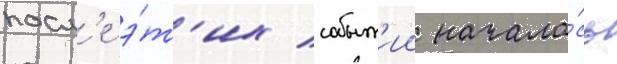
посл'е э́т'их событ'ии начала́сь